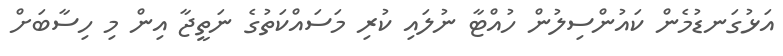
އަޅުގަނޑުމެން ކައުންސިލުން ހުއްޓާ ނުލައި ކުރި މަސައްކަތުގެ ނަތީޖާ އިން މި ހިސާބަށް